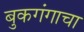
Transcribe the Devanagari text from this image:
बुकगंगाचा